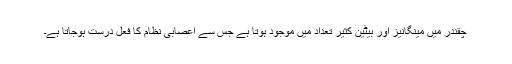
چقندر میں مینگانیز اور بیٹین کثیر تعداد میں موجود ہوتا ہے جس سے اعصابی نظام کا فعل درست ہوجاتا ہے۔